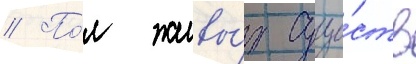
// По́л живы́х суще́ств